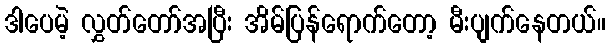
ဒါပေမဲ့ လွှတ်တော်အပြီး အိမ်ပြန်ရောက်တော့ မီးပျက်နေတယ်။